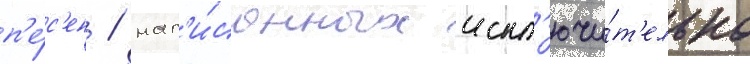
п'е́с'ен / нап'и́санных искл'ючи́т'ельно